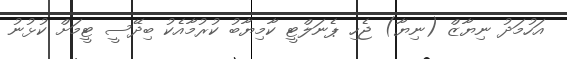
އަހުމަދު ނިޔާޒް (ނިޔާ) ޖެހި ޕެނަލްޓީ ކާމިޔާބު ކުރުމާއެކު ބިދޭސީ ޓީމަށް ކުޅުނު